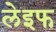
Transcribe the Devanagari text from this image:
लेइफ